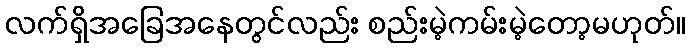
လက်ရှိအခြေအနေတွင်လည်း စည်းမဲ့ကမ်းမဲ့တော့မဟုတ်။